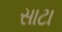
સાટા